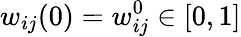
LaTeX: w_{ij}(0)=w_{ij}^{0}\in[0,1]